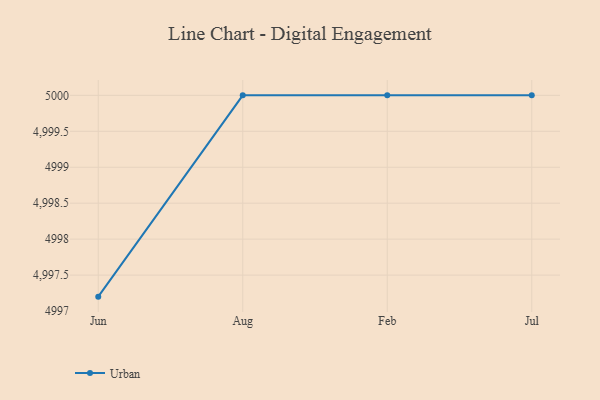
{"axis": {"x": "Month", "y": "Conversion Rate (%)"}, "legend": ["Urban"], "data": [{"x": "Jun", "y": 4997.2, "type": "Urban"}, {"x": "Aug", "y": 5000, "type": "Urban"}, {"x": "Feb", "y": 5000, "type": "Urban"}, {"x": "Jul", "y": 5000, "type": "Urban"}]}